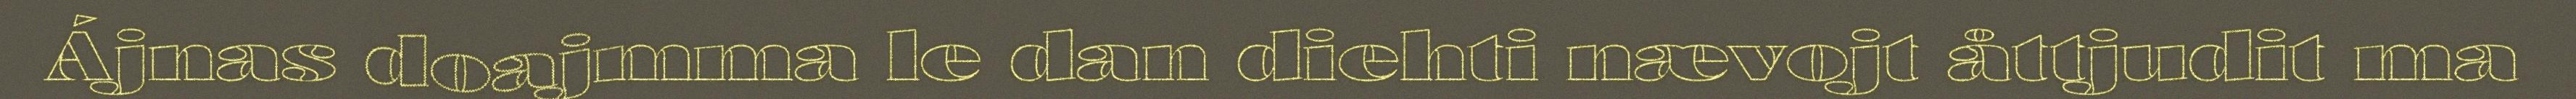
Ájnas doajmma le dan diehti nævojt åttjudit ma